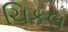
ચિકલ